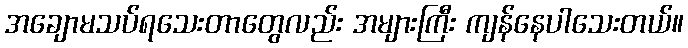
အချောမသပ်ရသေးတာတွေလည်း အများကြီး ကျန်နေပါသေးတယ်။